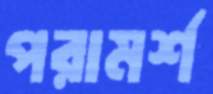
পরামর্শ